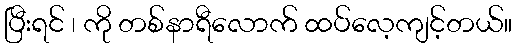
ပြီးရင် ၊ ကို တစ်နာရီလောက် ထပ်လေ့ကျင့်တယ်။